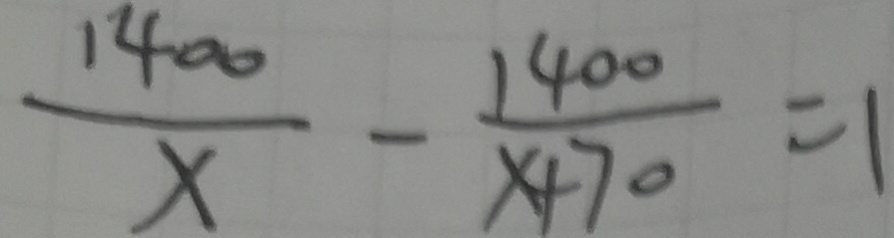
\frac { 1 4 0 0 } { x } - \frac { 1 4 0 0 } { x + 7 0 } = 1